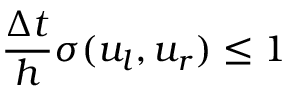
\frac { \Delta t } { h } \sigma ( u _ { l } , u _ { r } ) \leq 1